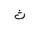
Letter: _tha